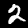
Label: 2